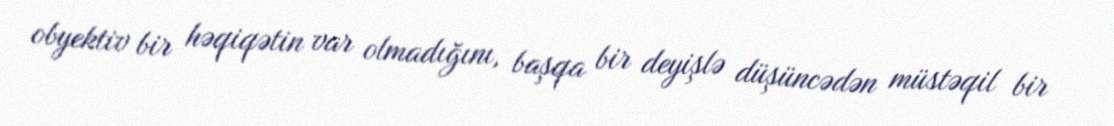
obyektiv bir həqiqətin var olmadığını, başqa bir deyişlə düşüncədən müstəqil bir